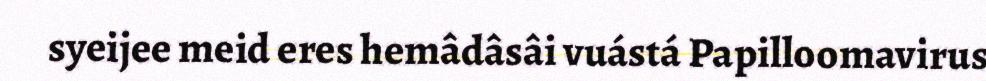
syeijee meid eres hemâdâsâi vuástá Papilloomavirus